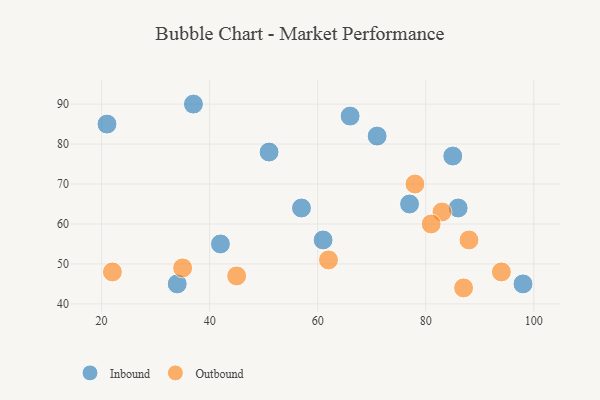
{"axis": {"x": "GDP", "y": "Life Expectancy"}, "legend": ["Inbound", "Outbound"], "data": [{"x": "77", "y": 65, "type": "Inbound"}, {"x": "21", "y": 85, "type": "Inbound"}, {"x": "85", "y": 77, "type": "Inbound"}, {"x": "61", "y": 56, "type": "Inbound"}, {"x": "86", "y": 64, "type": "Inbound"}, {"x": "66", "y": 87, "type": "Inbound"}, {"x": "57", "y": 64, "type": "Inbound"}, {"x": "34", "y": 45, "type": "Inbound"}, {"x": "37", "y": 90, "type": "Inbound"}, {"x": "98", "y": 45, "type": "Inbound"}, {"x": "42", "y": 55, "type": "Inbound"}, {"x": "51", "y": 78, "type": "Inbound"}, {"x": "71", "y": 82, "type": "Inbound"}, {"x": "83", "y": 63, "type": "Outbound"}, {"x": "94", "y": 48, "type": "Outbound"}, {"x": "87", "y": 44, "type": "Outbound"}, {"x": "22", "y": 48, "type": "Outbound"}, {"x": "35", "y": 49, "type": "Outbound"}, {"x": "88", "y": 56, "type": "Outbound"}, {"x": "62", "y": 51, "type": "Outbound"}, {"x": "81", "y": 60, "type": "Outbound"}, {"x": "78", "y": 70, "type": "Outbound"}, {"x": "45", "y": 47, "type": "Outbound"}]}